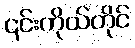
၎င်းကိုယ်တိုင်